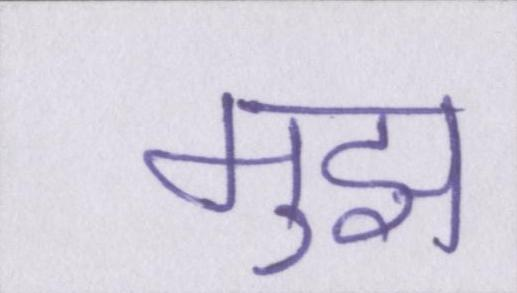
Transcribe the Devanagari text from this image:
मुझ